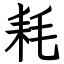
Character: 耗